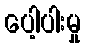
ပေါ့ပါးမှု